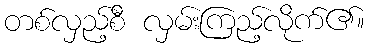
တစ်လှည့်စီ လှမ်းကြည့်လိုက်၏။